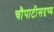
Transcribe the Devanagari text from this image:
चौपाटीसदृष्य